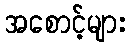
အစောင့်များ